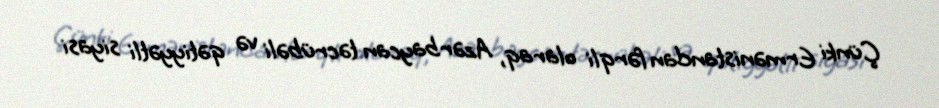
Çünki Ermənistandan fərqli olaraq, Azərbaycan təcrübəli və qətiyyətli siyasi